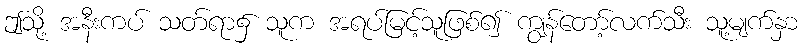
ဤသို့ အနီးကပ် သတ်ရာ၌ သူက အရပ်မြင့်သူဖြစ်၍ ကျွန်တော့်လက်သီး သူ့မျက်နှာ